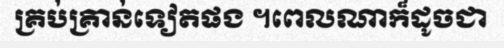
គ្រប់គ្រាន់ទៀតផង ។ពេលណាក៏ដូចជា